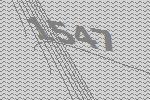
1547